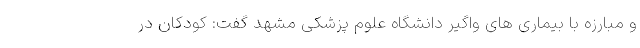
و مبارزه با بیماری های واگیر دانشگاه علوم پزشکی مشهد گفت: کودکان در